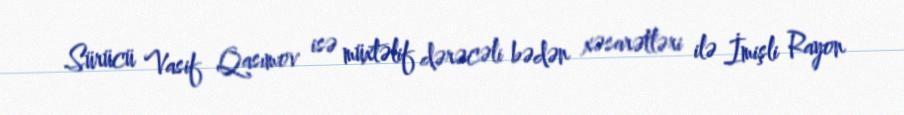
Sürücü Vasif Qasımov isə müxtəlif dərəcəli bədən xəsarətləri ilə İmişli Rayon